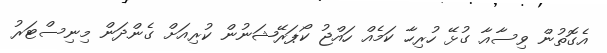
އެގޮތުން ވިސާއާ ގުޅޭ ހުރިހާ ކަމެއް ހައްޖު ކޯޕަރޭޝަނުން ކުރިއަށް ގެންދަން މިނިސްޓަރު